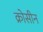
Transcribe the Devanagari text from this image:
क्रोसीन